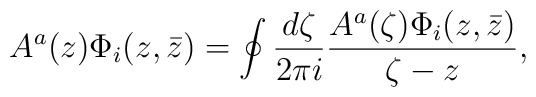
A^a(z)\Phi_i(z,\bar z)=\oint{d\zeta\over2\pi i}{A^a(\zeta)\Phi_i(z,\bar z)\over\zeta-z},